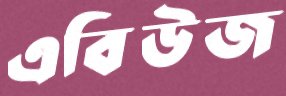
এবিউজ